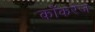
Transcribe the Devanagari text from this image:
काँकरेज